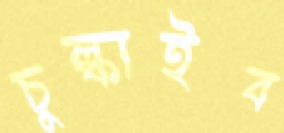
চুল্‌কাইব